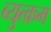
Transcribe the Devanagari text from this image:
ब्युत्क्रम